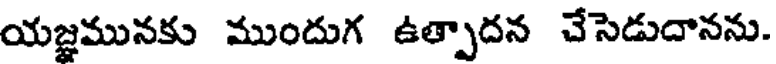
యజ్ఞమునకు ముందుగ ఉత్పాదన చేసెడుదానను.